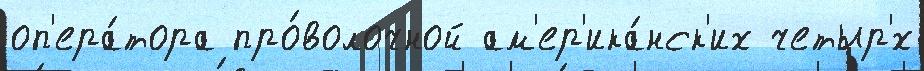
оп'ера́тора про́волочной ам'ер'ика́нск'их четыр'́х